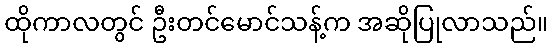
ထိုကာလတွင် ဦးတင်မောင်သန့်က အဆိုပြုလာသည်။